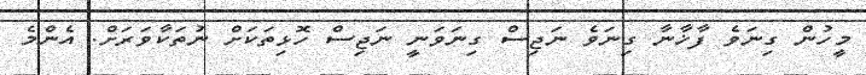
މީހުން ގިނަވެ ފާޚާނާ ގިނަވެ ނަޖިސް ގިނަވަނީ ނަޖިސް ހޮޅިތަކަށް ނުތަކާވަރަށް. އެންމެ